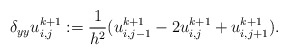
\begin{align*}\delta_{yy} u^{k+1}_{i,j}:=\frac{1}{h^2} (u^{k+1}_{i,j-1} - 2 u^{k+1}_{i,j} + u^{k+1}_{i,j+1}).\end{align*}